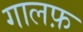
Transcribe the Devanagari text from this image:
गालफ़